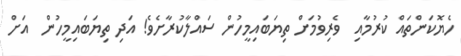
ހެޔޮކަންތައް ކުރުމާއި  ވެރިވުމަށް ތިޔަބައިމީހުން ސައްލާކުރާށެވެ! އަދި ތިޔަބައިމީހުން  އަށް